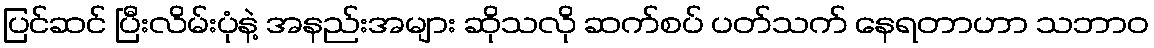
ပြင်ဆင် ပြီးလိမ်းပုံနဲ့ အနည်းအများ ဆိုသလို ဆက်စပ် ပတ်သက် နေရတာဟာ သဘာဝ